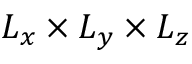
L _ { x } \times L _ { y } \times L _ { z }